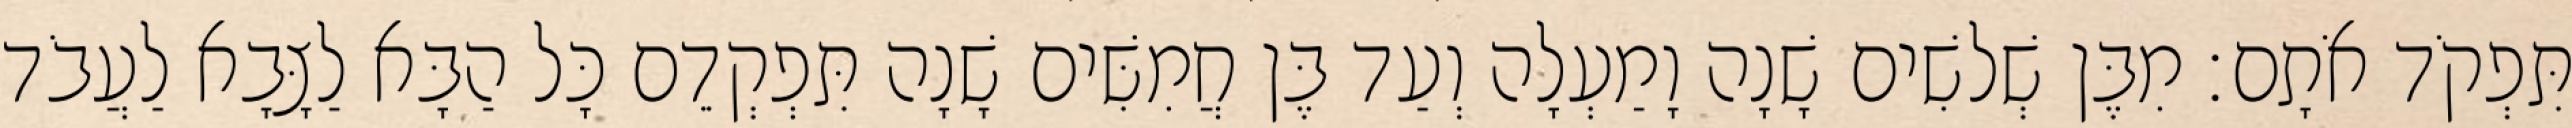
תִּפְקֹד אֹתָם׃ מִבֶּן שְׁלשִׁים שָׁנָה וָמַעְלָה וְעַד בֶּן חֲמִשִּׁים שָׁנָה תִּפְקְדֵם כָּל הַבָּא לַצָּבָא לַעֲבֹד